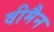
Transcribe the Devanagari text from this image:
वीमैन